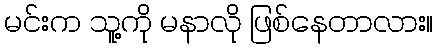
မင်းက သူ့ကို မနာလို ဖြစ်နေတာလား။